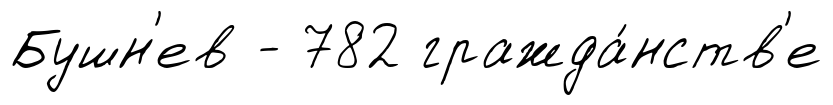
Бушн'ев - 782 гражда́нств'е